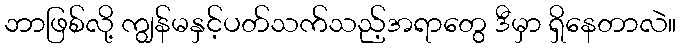
ဘာဖြစ်လို့ ကျွန်မနှင့်ပတ်သက်သည့်အရာတွေ ဒီမှာ ရှိနေတာလဲ။